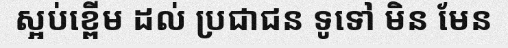
ស្អប់ខ្ពើម ដល់ ប្រជាជន ទូទៅ មិន មែន